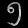
Digit: ၅